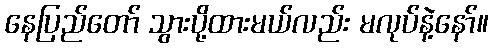
နေပြည်တော် သွားပို့ထားမယ်လည်း မလုပ်နဲ့နော်။